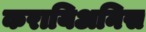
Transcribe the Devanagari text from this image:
करायिअनिस